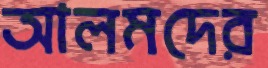
আলমদের